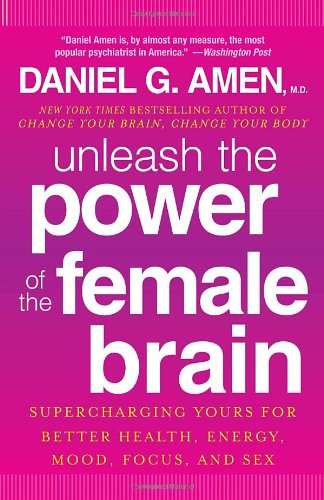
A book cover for Unleash the Power of the Female Brain: Supercharging Yours for Better Health, Energy, Mood, Focus, and Sex; Daniel G. Amen M.D.; Health, Fitness & Dieting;